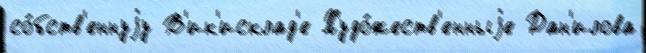
со́бств'еннуjу В'ик'исклад'е Худо́жеств'енныjе Дан'илова